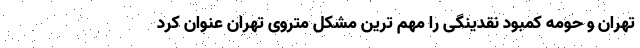
تهران و حومه کمبود نقدینگی را مهم ترین مشکل متروی تهران عنوان کرد